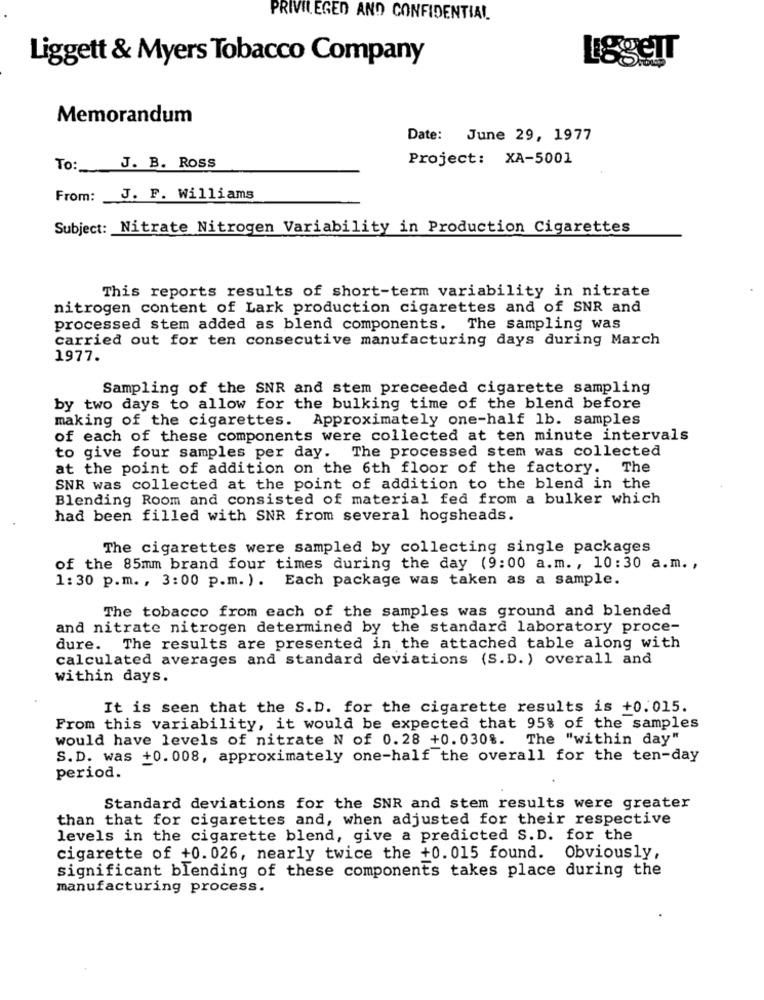
PRIVILEGED AND CONFIDENTIAL.
Liggett & Myers Tobacco Company
LiggeIT
Memorandum
Date: June 29, 1977
Project: XA-5001
To:
J. B. Ross
From: J. F. Williams
Subject: Nitrate Nitrogen Variability in Production Cigarettes
This reports results of short-term variability in nitrate
nitrogen content of Lark production cigarettes and of SNR and
processed stem added as blend components. The sampling was
carried out for ten consecutive manufacturing days during March
1977.
Sampling of the SNR and stem preceeded cigarette sampling
by two days to allow for the bulking time of the blend before
making of the cigarettes. Approximately one-half lb. samples
of each of these components were collected at ten minute intervals
to give four samples per day. The processed stem was collected
at the point of addition on the 6th floor of the factory. The
SNR was collected at the point of addition to the blend in the
Blending Room and consisted of material fed from a bulker which
had been filled with SNR from several hogsheads.
The cigarettes were sampled by collecting single packages
of the 85mm brand four times during the day (9:00 a.m ., 10:30 a.m .,
1: 30 p.m. , 3:00 p.m. ). Each package was taken as a sample.
The tobacco from each of the samples was ground and blended
and nitrate nitrogen determined by the standard laboratory proce-
dure. The results are presented in the attached table along with
calculated averages and standard deviations (S.D. ) overall and
within days.
It is seen that the S.D. for the cigarette results is +0.015.
From this variability, it would be expected that 95% of the samples
would have levels of nitrate N of 0.28 +0.030%. The "within day"
S.D. was +0. 008, approximately one-half the overall for the ten-day
period.
Standard deviations for the SNR and stem results were greater
than that for cigarettes and, when adjusted for their respective
levels in the cigarette blend, give a predicted S.D. for the
cigarette of +0.026, nearly twice the +0.015 found. Obviously,
significant blending of these components takes place during the
manufacturing process.